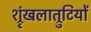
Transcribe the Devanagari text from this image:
श्रृंखलात्रुटियों